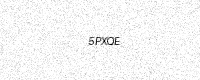
Text: 5PXQE